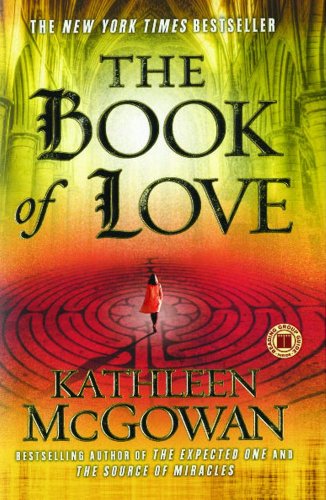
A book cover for The Book of Love: A Novel (Magdalene Line); Kathleen McGowan; Religion & Spirituality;